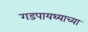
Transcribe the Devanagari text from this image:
गडपायथ्याच्या